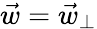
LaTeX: \vec{w}=\vec{w}_{\perp}